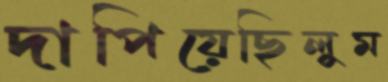
দাপিয়েছিলুম